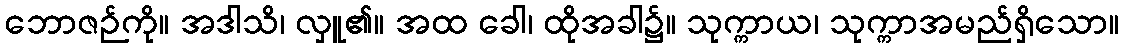
ဘောဇဉ်ကို။ အဒါသိ၊ လှူ၏။ အထ ခေါ၊ ထိုအခါ၌။ သုက္ကာယ၊ သုက္ကာအမည်ရှိသော။